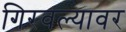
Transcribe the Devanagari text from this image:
गिरवल्यावर